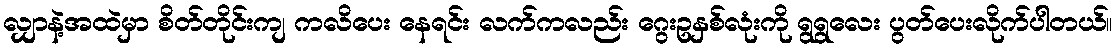
လျှာနဲ့အထဲမှာ စိတ်တိုင်းကျ ကလိပေး နေရင်း လက်ကလည်း ဂွေးဥနှစ်လုံးကို ရွရွလေး ပွတ်ပေးလိုက်ပါတယ်။